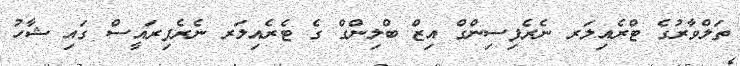
ތަލްވާރުގެ ޓްރެއިލަރ ނެރެފިސިންގް އިޒް ބްލިންގް ގެ ޓެރެއިލަރ ނެރެފިރައީސް ގައި ޝާހު